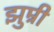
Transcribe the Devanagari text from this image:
झुम्री